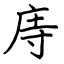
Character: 庤